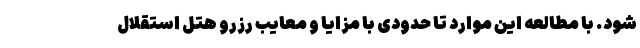
شود. با مطالعه این موارد تا حدودی با مزایا و معایب رزرو هتل استقلال